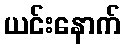
ယင်းနောက်